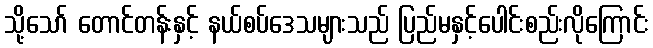
သို့သော် တောင်တန်းနှင့် နယ်စပ်ဒေသများသည် ပြည်မနှင့်ပေါင်းစည်းလိုကြောင်း